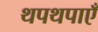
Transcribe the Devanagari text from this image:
थपथपाएँ